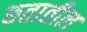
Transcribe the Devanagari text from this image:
छतातील